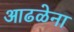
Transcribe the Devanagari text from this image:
आढळेना